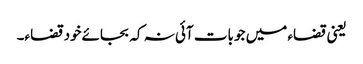
یعنی قضاء میں جو بات آئی نہ کہ بجائےخود قضاء۔